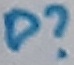
Text: D?